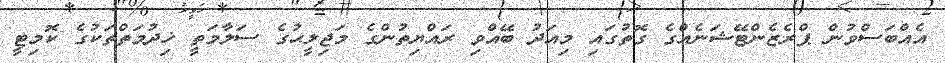
އެއްބަސްވުން ޕްރެޒެންޓޭޝަނެއްގެ ގޮތުގައި މިއަދު ބޭއްވި ރައްޔިތުންގެ މަޖިލީޙުގެ ސަލާމަތީ ޚިދުމަތްތަކުގެ ކޮމިޓީ